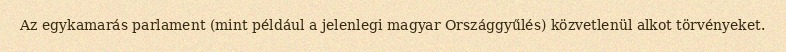
Az egykamarás parlament (mint például a jelenlegi magyar Országgyűlés) közvetlenül alkot törvényeket.